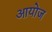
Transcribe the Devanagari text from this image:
आयोज